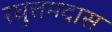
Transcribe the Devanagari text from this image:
रघुत्तमदास